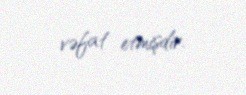
vəfat etmişdir.